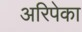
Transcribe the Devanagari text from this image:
अरिपेका